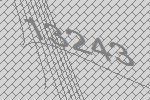
13243